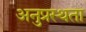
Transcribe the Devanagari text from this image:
अनुप्रस्थता